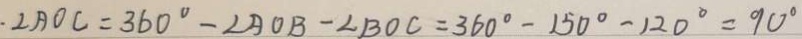
. \angle A O C = 3 6 0 ^ { \circ } - \angle A O B - \angle B O C = 3 6 0 ^ { \circ } - 1 5 0 ^ { \circ } - 1 2 0 ^ { \circ } = 9 0 ^ { \circ }